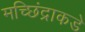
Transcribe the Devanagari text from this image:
मच्छिंद्राकडे